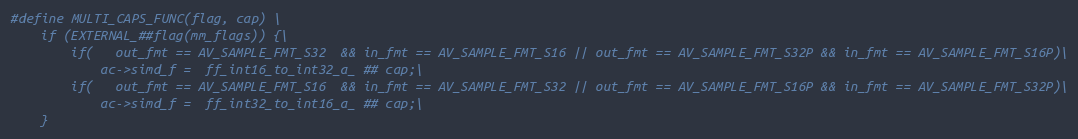
Language: C
#define MULTI_CAPS_FUNC(flag, cap) \
    if (EXTERNAL_##flag(mm_flags)) {\
        if(   out_fmt == AV_SAMPLE_FMT_S32  && in_fmt == AV_SAMPLE_FMT_S16 || out_fmt == AV_SAMPLE_FMT_S32P && in_fmt == AV_SAMPLE_FMT_S16P)\
            ac->simd_f =  ff_int16_to_int32_a_ ## cap;\
        if(   out_fmt == AV_SAMPLE_FMT_S16  && in_fmt == AV_SAMPLE_FMT_S32 || out_fmt == AV_SAMPLE_FMT_S16P && in_fmt == AV_SAMPLE_FMT_S32P)\
            ac->simd_f =  ff_int32_to_int16_a_ ## cap;\
    }